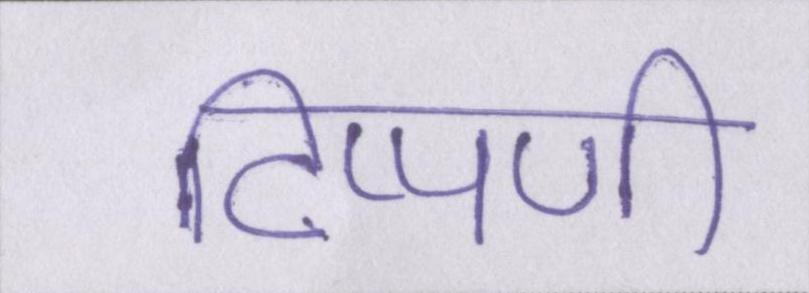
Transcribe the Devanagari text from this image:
टिप्पणी